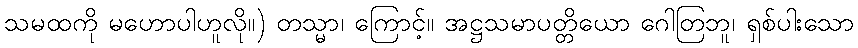
သမထကို မဟောပါဟူလို။) တသ္မာ၊ ကြောင့်။ အဋ္ဌသမာပတ္တိယော ဂေါတြဘူ၊ ရှစ်ပါးသော